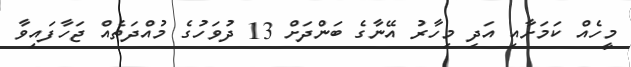
މީހެއް ކަމަށާއި އަދި މިހާރު އޭނާގެ ބަންދަށް 13 ދުވަހުގެ މުއްދަތެއް ޖަހާފައިވާ